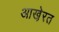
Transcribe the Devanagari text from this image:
आखे़रत